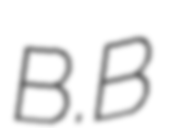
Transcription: B.B